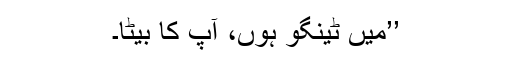
’’میں ٹینگو ہوں، آپ کا بیٹا۔